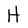
Character: H